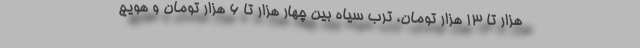
هزار تا ۱۳ هزار تومان، ترب سیاه بین چهار هزار تا ۶ هزار تومان و هویج